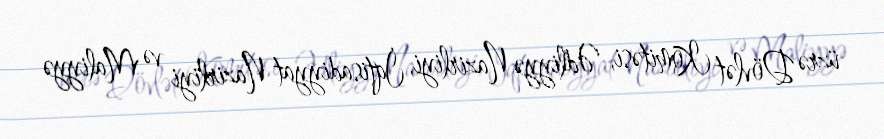
üzrə Dövlət Komitəsi, Ədliyyə Nazirliyi, İqtisadiyyat Nazirliyi və Maliyyə